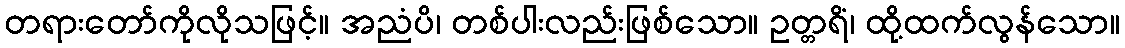
တရားတော်ကိုလိုသဖြင့်။ အညံပိ၊ တစ်ပါးလည်းဖြစ်သော။ ဥတ္တရိံ၊ ထို့ထက်လွန်သော။